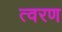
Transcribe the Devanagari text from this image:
त्‍वरण